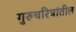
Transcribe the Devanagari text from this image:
गुरुचरित्रांतील